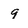
Character: 9